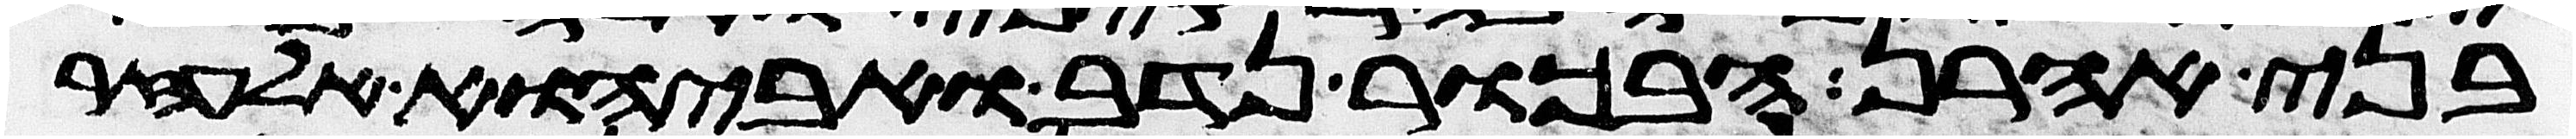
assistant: בני אהרן הבכור נדב ואביהוא אלעזר